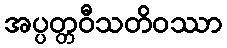
အပ္ပတ္တဝီသတိဝဿာ